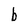
Character: b